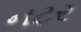
નટર